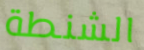
الشنطة